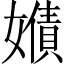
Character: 𡢻